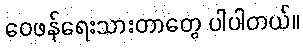
ဝေဖန်ရေးသားတာတွေ ပါပါတယ်။